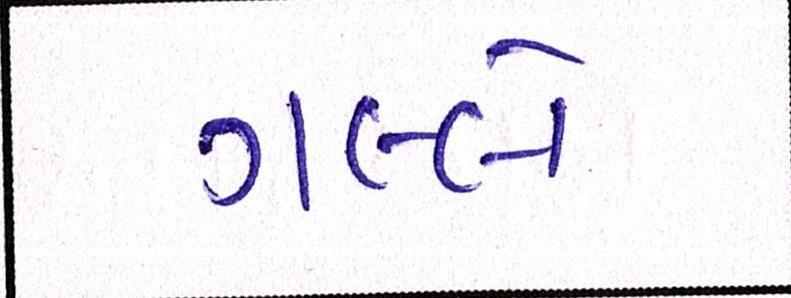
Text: ગલ્લે